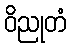
ဝိညုတံ